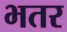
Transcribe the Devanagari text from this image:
भतर